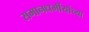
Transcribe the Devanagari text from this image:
समानधर्मीयांच्या